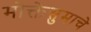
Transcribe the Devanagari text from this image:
मोक्तेसुमाचे